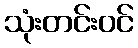
သုံးတင်းဝင်